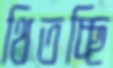
থিতচ্ছি